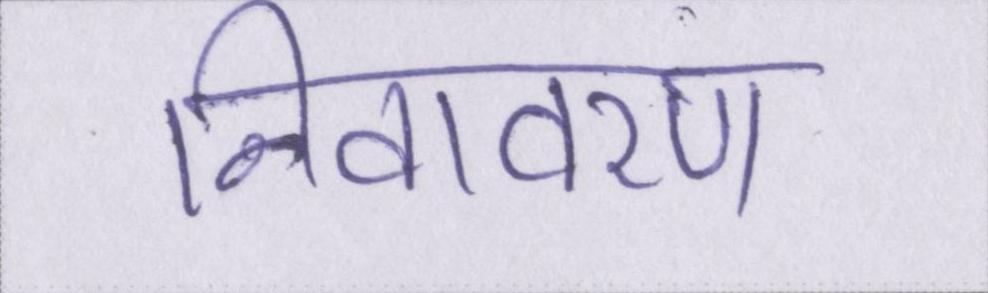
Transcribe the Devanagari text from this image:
निवावरण